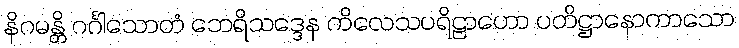
နိဂမန္တိ ဂင်္ဂါသောတံ ဘေရိသဒ္ဒေန ကိလေသပရိဠာဟော ပတိဋ္ဌာနောကာသော